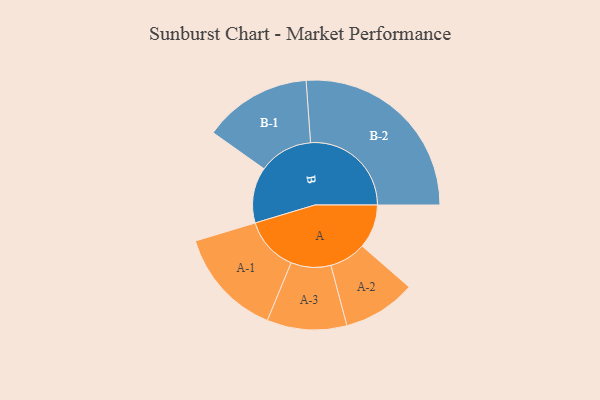
{"axis": {"x": "Segment", "y": "Value"}, "legend": ["", "A", "B"], "data": [{"x": "A", "y": 130, "type": ""}, {"x": "B", "y": 165, "type": ""}, {"x": "A-1", "y": 161, "type": "A"}, {"x": "A-2", "y": 108, "type": "A"}, {"x": "A-3", "y": 118, "type": "A"}, {"x": "B-1", "y": 160, "type": "B"}, {"x": "B-2", "y": 298, "type": "B"}]}